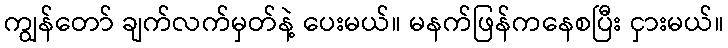
ကျွန်တော် ချက်လက်မှတ်နဲ့ ပေးမယ်။ မနက်ဖြန်ကနေစပြီး ငှားမယ်။